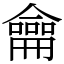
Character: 龠